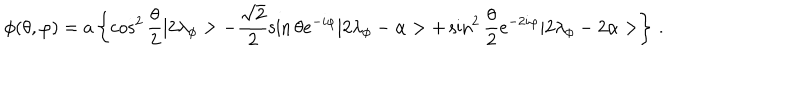
\phi ( \theta , \varphi ) = a \left\{ \cos ^ { 2 } \frac { \theta } { 2 } | 2 \lambda _ { \phi } > - \frac { \sqrt { 2 } } { 2 } \sin \theta e ^ { - i \varphi } | 2 \lambda _ { \phi } - \alpha > + \sin ^ { 2 } \frac { \theta } { 2 } e ^ { - 2 i \varphi } | 2 \lambda _ { \phi } - 2 \alpha > \right\} \, .